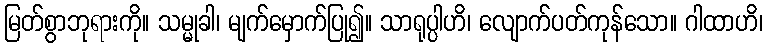
မြတ်စွာဘုရားကို။ သမ္မုခါ၊ မျက်မှောက်ပြု၍။ သာရုပ္ပါဟိ၊ လျောက်ပတ်ကုန်သော။ ဂါထာဟိ၊